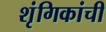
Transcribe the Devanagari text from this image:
शृंगिकांची